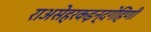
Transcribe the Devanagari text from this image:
राअसेहरकइन्दगेहिणी